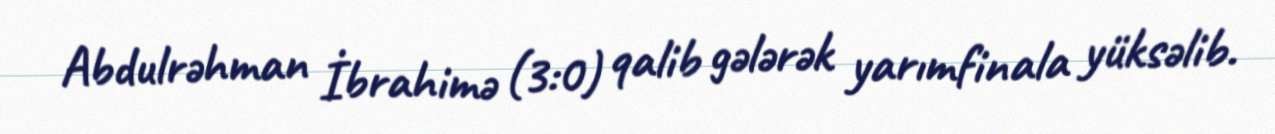
Abdulrəhman İbrahimə (3:0) qalib gələrək yarımfinala yüksəlib.